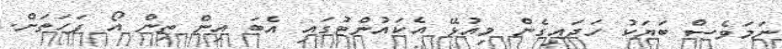
ނަމަވެސް ބަޔަކު ހަދައިގެން މިއުޅޭ އެކައުންޓުގައި އެބަ އިން ތިން އޯ ފަހަތަށް.